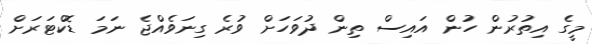
މީގެ އިތުރުން ހުން އައިސް ތިން ދުވަހަށް ވުރެ ގިނަވެއްޖެ ނަމަ ޑޮކްޓަރަށް